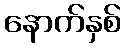
နောက်နှစ်